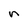
Character: n